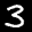
Label: 3